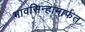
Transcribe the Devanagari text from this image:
भावसिन्हामार्फत